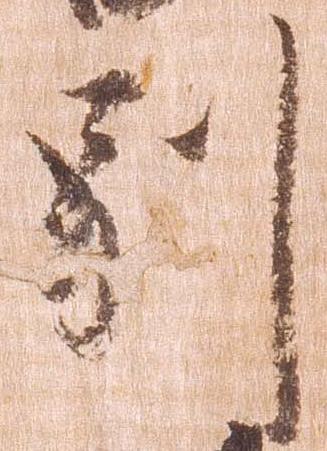
別